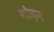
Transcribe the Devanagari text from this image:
गोदन